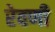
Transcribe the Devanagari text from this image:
रेवणी